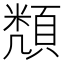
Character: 𮨔